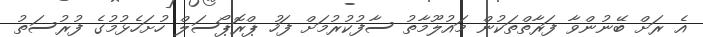
އެ ރަށް ބޭނުންވާ ފަރާތްތަކުން މައުލޫމާތު ސާފުކުރުމަށް ފަހު ޕްރޮޕޯސަލް ހުށަހެޅުމުގެ ފުރުސަތު